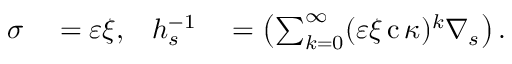
\begin{array} { r l r l } { \sigma } & { { } = \varepsilon \xi , } & { h _ { s } ^ { - 1 } } & { { } = \left( \sum _ { k = 0 } ^ { \infty } ( \varepsilon \xi \operatorname { c } \kappa ) ^ { k } \nabla _ { s } \right) . } \end{array}